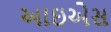
આઇએસ